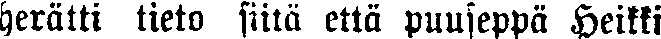
herätti tieto siitä että puuseppä Heikki